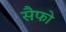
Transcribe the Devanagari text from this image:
सैफो